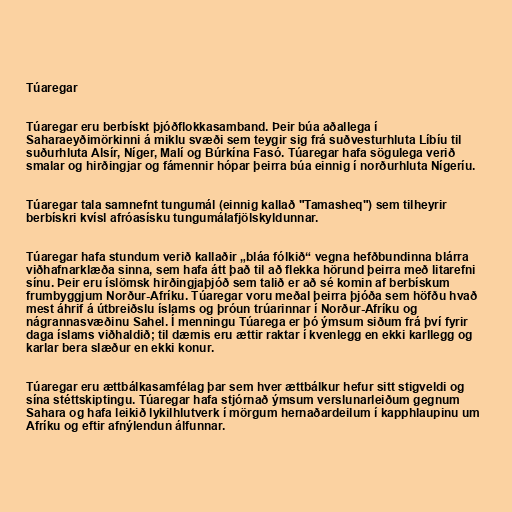
Túaregar

Túaregar eru berbískt þjóðflokkasamband. Þeir búa aðallega í
Saharaeyðimörkinni á miklu svæði sem teygir sig frá suðvesturhluta Líbíu til
suðurhluta Alsír, Níger, Malí og Búrkína Fasó. Túaregar hafa sögulega verið
smalar og hirðingjar og fámennir hópar þeirra búa einnig í norðurhluta Nígeríu.

Túaregar tala samnefnt tungumál (einnig kallað "Tamasheq") sem tilheyrir
berbískri kvísl afróasísku tungumálafjölskyldunnar.

Túaregar hafa stundum verið kallaðir „bláa fólkið“ vegna hefðbundinna blárra
viðhafnarklæða sinna, sem hafa átt það til að flekka hörund þeirra með litarefni
sínu. Þeir eru íslömsk hirðingjaþjóð sem talið er að sé komin af berbískum
frumbyggjum Norður-Afríku. Túaregar voru meðal þeirra þjóða sem höfðu hvað
mest áhrif á útbreiðslu íslams og þróun trúarinnar í Norður-Afríku og
nágrannasvæðinu Sahel. Í menningu Túarega er þó ýmsum siðum frá því fyrir
daga íslams viðhaldið; til dæmis eru ættir raktar í kvenlegg en ekki karllegg og
karlar bera slæður en ekki konur.

Túaregar eru ættbálkasamfélag þar sem hver ættbálkur hefur sitt stigveldi og
sína stéttskiptingu. Túaregar hafa stjórnað ýmsum verslunarleiðum gegnum
Sahara og hafa leikið lykilhlutverk í mörgum hernaðardeilum í kapphlaupinu um
Afríku og eftir afnýlendun álfunnar.